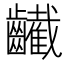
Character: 䶪